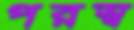
পরস্ব